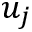
u _ { j }